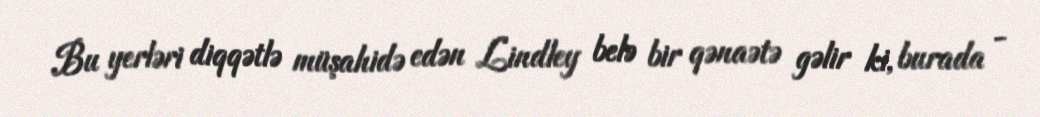
Bu yerləri diqqətlə müşahidə edən Lindley belə bir qənaətə gəlir ki, burada -